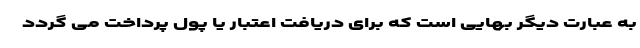
به عبارت دیگر بهایی است که برای دریافت اعتبار یا پول پرداخت می گردد